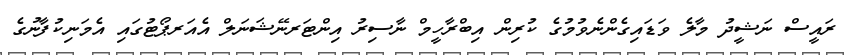
ރައީސް ނަޝީދު މާލެ ވަޑައިގެންނެވުމުގެ ކުރިން އިބްރާހީމް ނާސިރު އިންޓަރނޭޝަނަލް އެއަރޕޯޓުގައި އެމަނިކުފާނުގެ